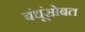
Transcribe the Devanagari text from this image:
बंधूंसोबत